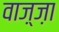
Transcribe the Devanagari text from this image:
वाज़्ज़ा